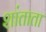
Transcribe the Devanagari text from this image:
शांताता